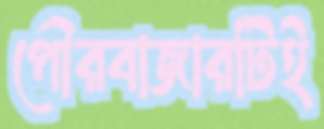
পৌরবাজারটিই